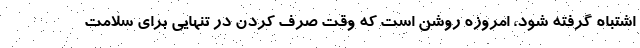
اشتباه گرفته شود، امروزه روشن است که وقت صرف کردن در تنهایی برای سلامت